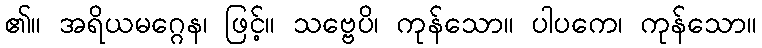
၏။ အရိယမဂ္ဂေန၊ ဖြင့်။ သဗ္ဗေပိ၊ ကုန်သော။ ပါပကေ၊ ကုန်သော။